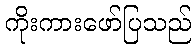
ကိုးကားဖော်ပြသည်